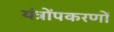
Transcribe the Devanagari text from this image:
यंत्रोंपकरणों